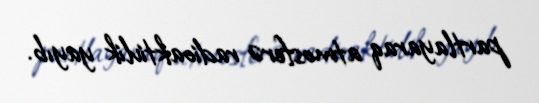
partlayaraq atmosferə radioaktivlik yayıb.